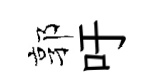
郭吁